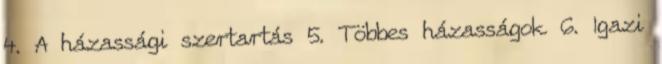
4. A házassági szertartás 5. Többes házasságok 6. Igazi